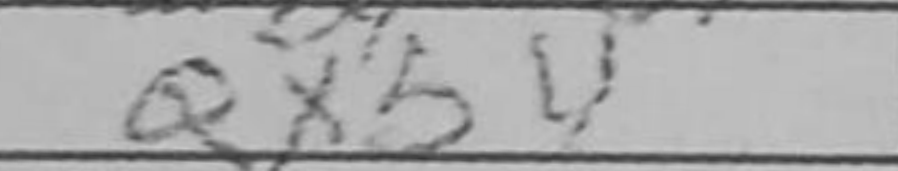
Transcription: Qxb4